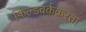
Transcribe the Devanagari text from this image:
फिल्डवर्ककरता